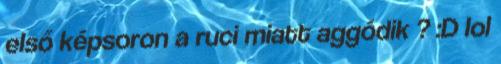
első képsoron a ruci miatt aggódik ? :D lol